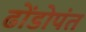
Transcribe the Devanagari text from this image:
ढोंडोपंत